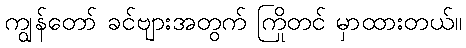
ကျွန်တော် ခင်ဗျားအတွက် ကြိုတင် မှာထားတယ်။